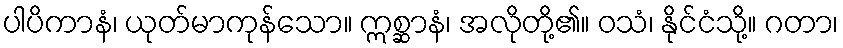
ပါပိကာနံ၊ ယုတ်မာကုန်သော။ ဣစ္ဆာနံ၊ အလိုတို့၏။ ဝသံ၊ နိုင်ငံသို့။ ဂတာ၊